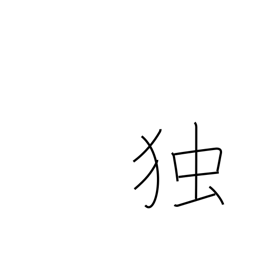
Meaning: single